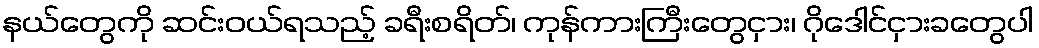
နယ်တွေကို ဆင်းဝယ်ရသည့် ခရီးစရိတ်၊ ကုန်ကားကြီးတွေငှား၊ ဂိုဒေါင်ငှားခတွေပါ